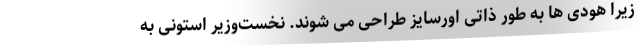
زیرا هودی ها به طور ذاتی اورسایز طراحی می شوند. نخست‌وزیر استونی به